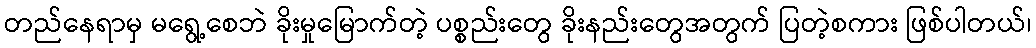
တည်နေရာမှ မရွေ့စေဘဲ ခိုးမှုမြောက်တဲ့ ပစ္စည်းတွေ ခိုးနည်းတွေအတွက် ပြတဲ့စကား ဖြစ်ပါတယ်၊